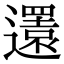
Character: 𨘣